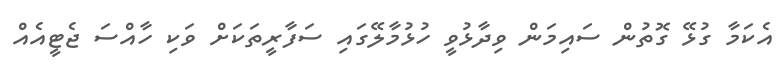
އެކަމާ ގުޅޭ ގޮތުން ސައިމަން ވިދާޅުވީ ހުޅުމާލޭގައި ސަފާރީތަކަށް ވަކި ހާއްސަ ޖެޓީއެއް